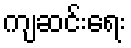
ကျဆင်းရေး